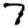
Digit: 7